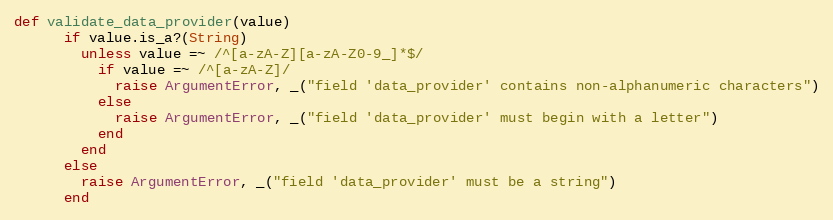
Language: Ruby
def validate_data_provider(value)
      if value.is_a?(String)
        unless value =~ /^[a-zA-Z][a-zA-Z0-9_]*$/
          if value =~ /^[a-zA-Z]/
            raise ArgumentError, _("field 'data_provider' contains non-alphanumeric characters")
          else
            raise ArgumentError, _("field 'data_provider' must begin with a letter")
          end
        end
      else
        raise ArgumentError, _("field 'data_provider' must be a string")
      end